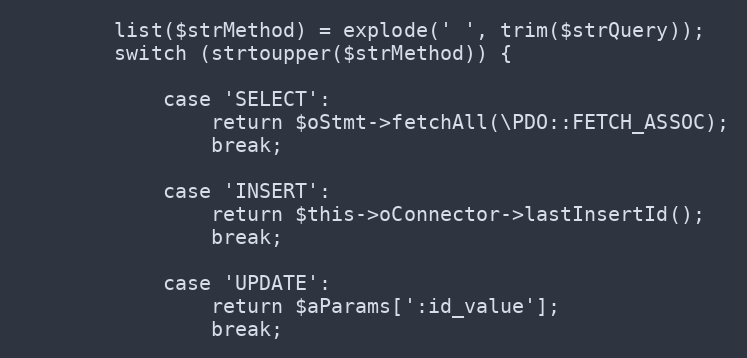
Language: PHP
        list($strMethod) = explode(' ', trim($strQuery));
        switch (strtoupper($strMethod)) {

            case 'SELECT':
                return $oStmt->fetchAll(\PDO::FETCH_ASSOC);
                break;

            case 'INSERT':
                return $this->oConnector->lastInsertId();
                break;

            case 'UPDATE':
                return $aParams[':id_value'];
                break;